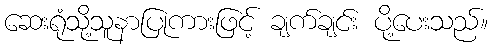
ဆေးရုံသို့သူနာပြုကားဖြင့် ချက်ချင်း ပို့ပေးသည်။